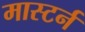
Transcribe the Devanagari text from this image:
मास्टर्न